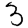
Digit: 3